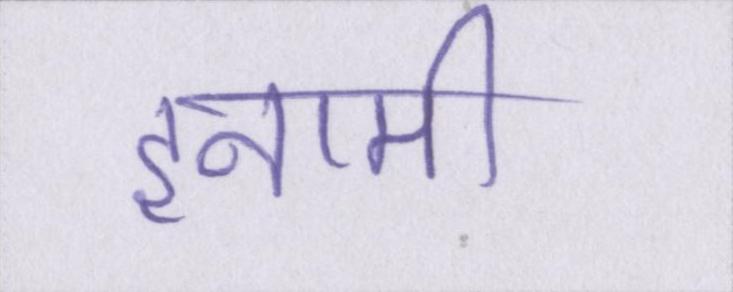
इनामी